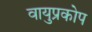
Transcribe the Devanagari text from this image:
वायुप्रकोप